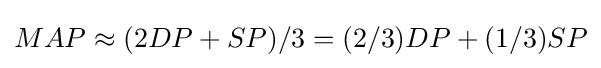
MAP\approx (2DP+SP)/3=(2/3)DP+(1/3)SP